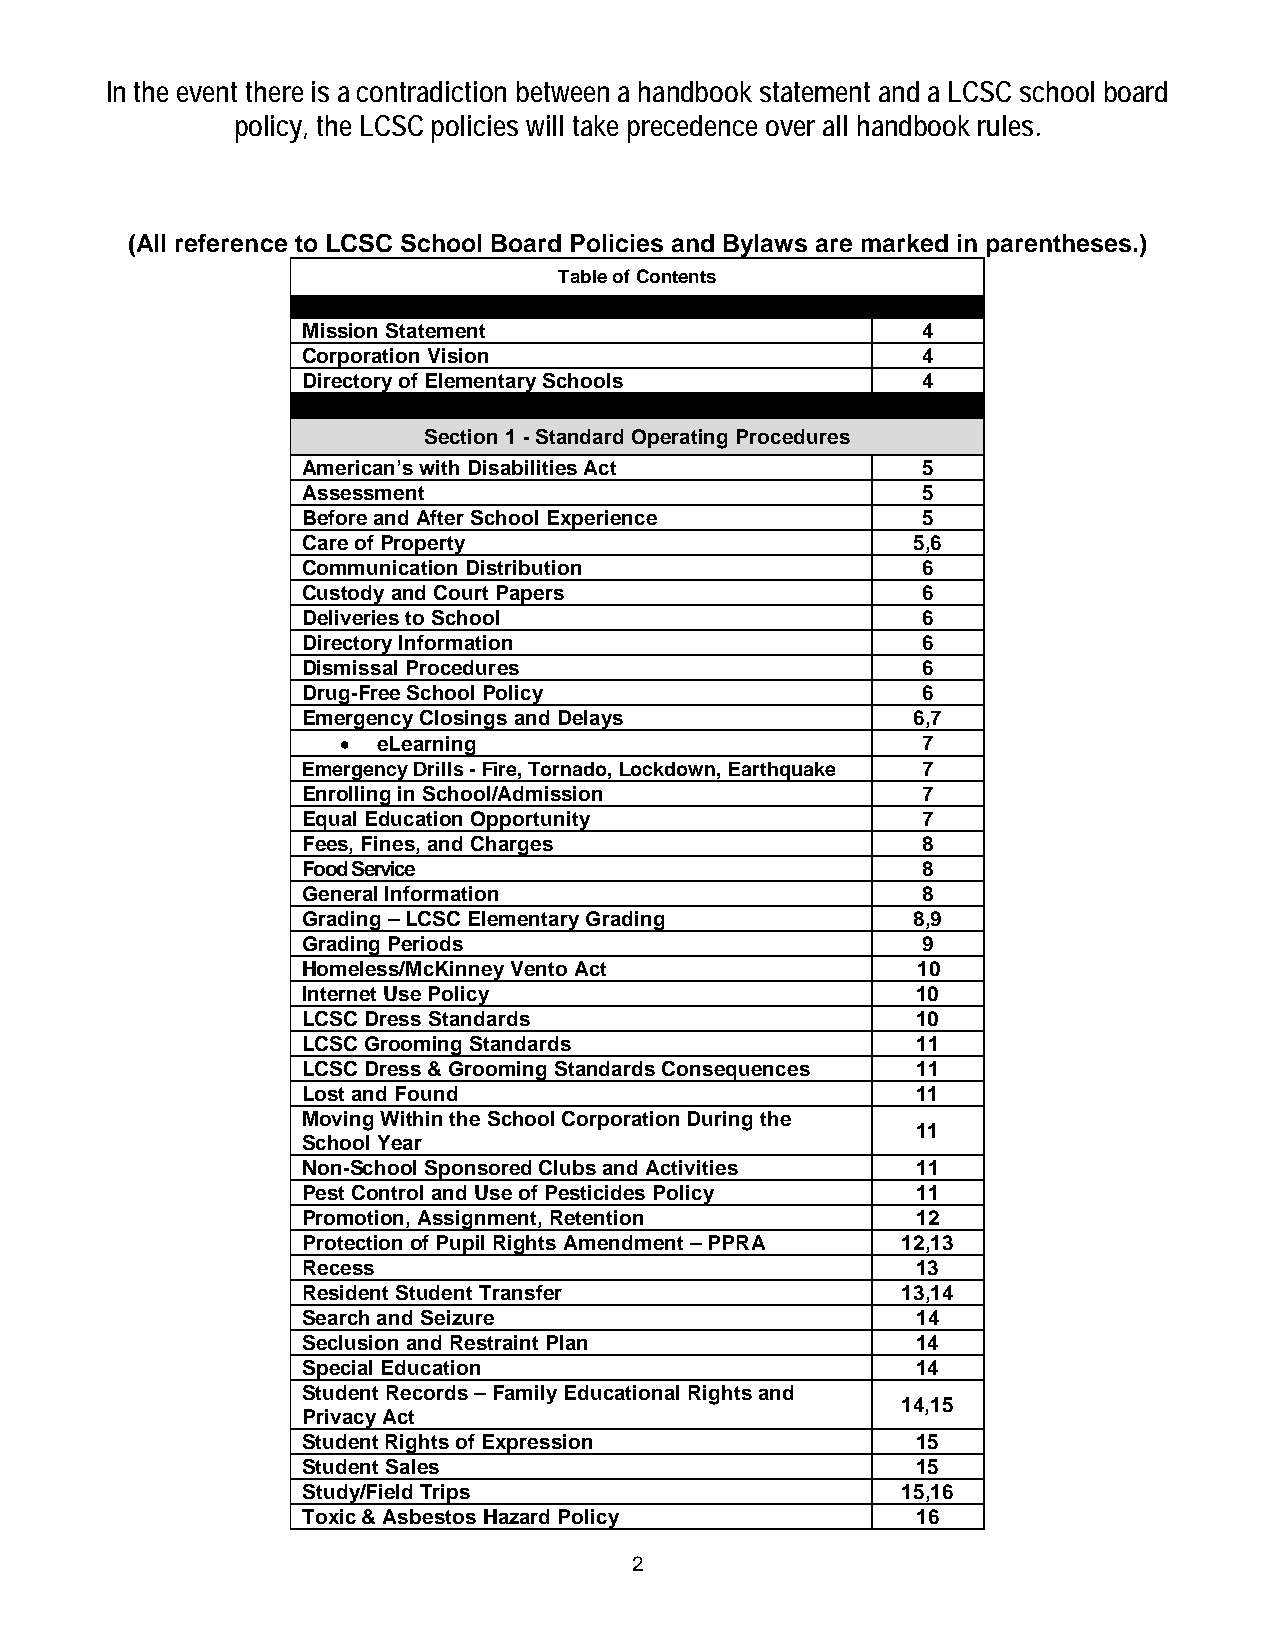
In the event there is a contradiction between a handbook statement and a LCSC school board
 policy, the LCSC policies will take precedence over all handbook rules.
 (All reference to LCSC School Board Policies and Bylaws are marked in parentheses.)
 Table of Contents
 Mission Statement                        4
 Corporation Vision                       4
 Directory of Elementary Schools          4
 Section 1 - Standard Operating Procedures
 American’s with Disabilities Act         5
 Assessment                               5
 Before and After School Experience       5
 Care of Property                        5,6
 Communication Distribution               6
 Custody and Court Papers                 6
 Deliveries to School                     6
 Directory Information                    6
 Dismissal Procedures                     6
 Drug-Free School Policy                  6
 Emergency Closings and Delays           6,7
 •  eLearning                           7
 Emergency Drills - Fire, Tornado, Lockdown, Earthquake 7
 Enrolling in School/Admission            7
 Equal Education Opportunity              7
 Fees, Fines, and Charges                 8
 Food Service                             8
 General Information                      8
 Grading – LCSC Elementary Grading       8,9
 Grading Periods                          9
 Homeless/McKinney Vento Act              10
 Internet Use Policy                      10
 LCSC Dress Standards                     10
 LCSC Grooming Standards                  11
 LCSC Dress & Grooming Standards Consequences 11
 Lost and Found                           11
 Moving Within the School Corporation During the
 11
 School Year
 Non-School Sponsored Clubs and Activities 11
 Pest Control and Use of Pesticides Policy 11
 Promotion, Assignment, Retention         12
 Protection of Pupil Rights Amendment – PPRA 12,13
 Recess                                   13
 Resident Student Transfer               13,14
 Search and Seizure                       14
 Seclusion and Restraint Plan             14
 Special Education                        14
 Student Records – Family Educational Rights and
 14,15
 Privacy Act
 Student Rights of Expression             15
 Student Sales                            15
 Study/Field Trips                       15,16
 Toxic & Asbestos Hazard Policy           16
 2